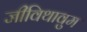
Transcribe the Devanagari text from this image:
जीविथावुम